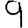
Digit: 9